Scientific memoirs by medical officers of the Army of India - Part III,
Year: 1887
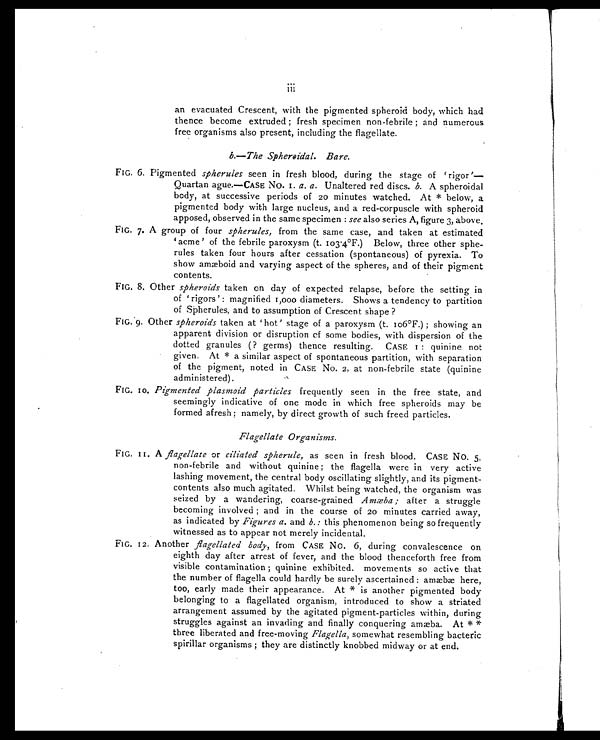
FIG. 6.
FIG. 7.
FIG. 8.
FIG. 9.
i i i
an evacuated Crescent, with the pigmented spheroid body, which had
thence become extruded ; fresh specimen non-febrile ; and numerous
free organisms also present, including the flagellate.
b.— The Spheroidal. Bare.
Pigmented spherules seen in fresh blood, during the stage of ‘rigor’—
Quartan ague.—CASE No. 1. a. a. Unaltered red discs. b. A spheroidal
body, at successive periods of 20 minutes watched. At * below, a
pigmented body with large nucleus, and a red-corpuscle with spheroid
apposed, observed in the same specimen : see also series A, figure 3, above.
A group of four spherules, from the same case, and taken at estimated
‘acme’ of the febrile paroxysm (t. 103.4°F.) Below, three other sphe--
rules taken four hours after cessation (spontaneous) of pyrexia. To
show amæboid and varying aspect of the spheres, and of their pigment
contents.
Other spheroids taken on day of expected relapse, before the setting in
of ‘rigors’ : magnified 1,000 diameters. Shows a tendency to partition
of Spherules, and to assumption of Crescent shape ?
Other spheroids taken at ‘hot’ stage of a paroxysm (t. 106°F.) ; showing an
apparent division or disruption of some bodies, with dispersion of the
dotted granules (? germs) thence resulting. CASE 1 : quinine not
given. At * a similar aspect of spontaneous partition, with separation
of the pigment, noted in CASE No. 2, at non-febrile state (quinine
administered).
FIG. 10.
FIG. 11.
FIG. 12.
Pigmented plasmoid particles frequently seen in the free state, and
seemingly indicative of one mode in which free spheroids may be
formed afresh ; namely, by direct growth of such freed particles.
Flagellate Organisms.
A flagellate or ciliated spherule, as seen in fresh blood. CASE No. 5,
non-febrile and without quinine ; the flagella were in very active
lashing movement, the central body oscillating slightly, and its pigment-
contents also much agitated. Whilst being watched, the organism was
seized by a wandering, coarse-grained Amæba; after a struggle
becoming involved ; and in the course of 20 minutes carried away,
as indicated by Figures a. and b.: this phenomenon being so frequently
witnessed as to appear not merely incidental.
Another flagellated body, from CASE No. 6, during convalescence on
eighth day after arrest of fever, and the blood thenceforth free from
visible contamination ; quinine exhibited. movements so active that
the number of flagella could hardly be surely ascertained : amæbæ here,
too, early made their appearance. At * is another pigmented body
belonging to a flagellated organism, introduced to show a striated
arrangement assumed by the agitated pigment-particles within, during
struggles against an invading and finally conquering amæba. At * *
three liberated and free-moving Flagella, somewhat resembling bacteric
spirillar organisms ; they are distinctly knobbed midway or at end.